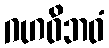
ဂဟဝိဘဝံ